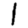
Digit: 1